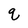
Character: q